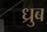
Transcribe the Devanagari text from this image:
ध्रुब